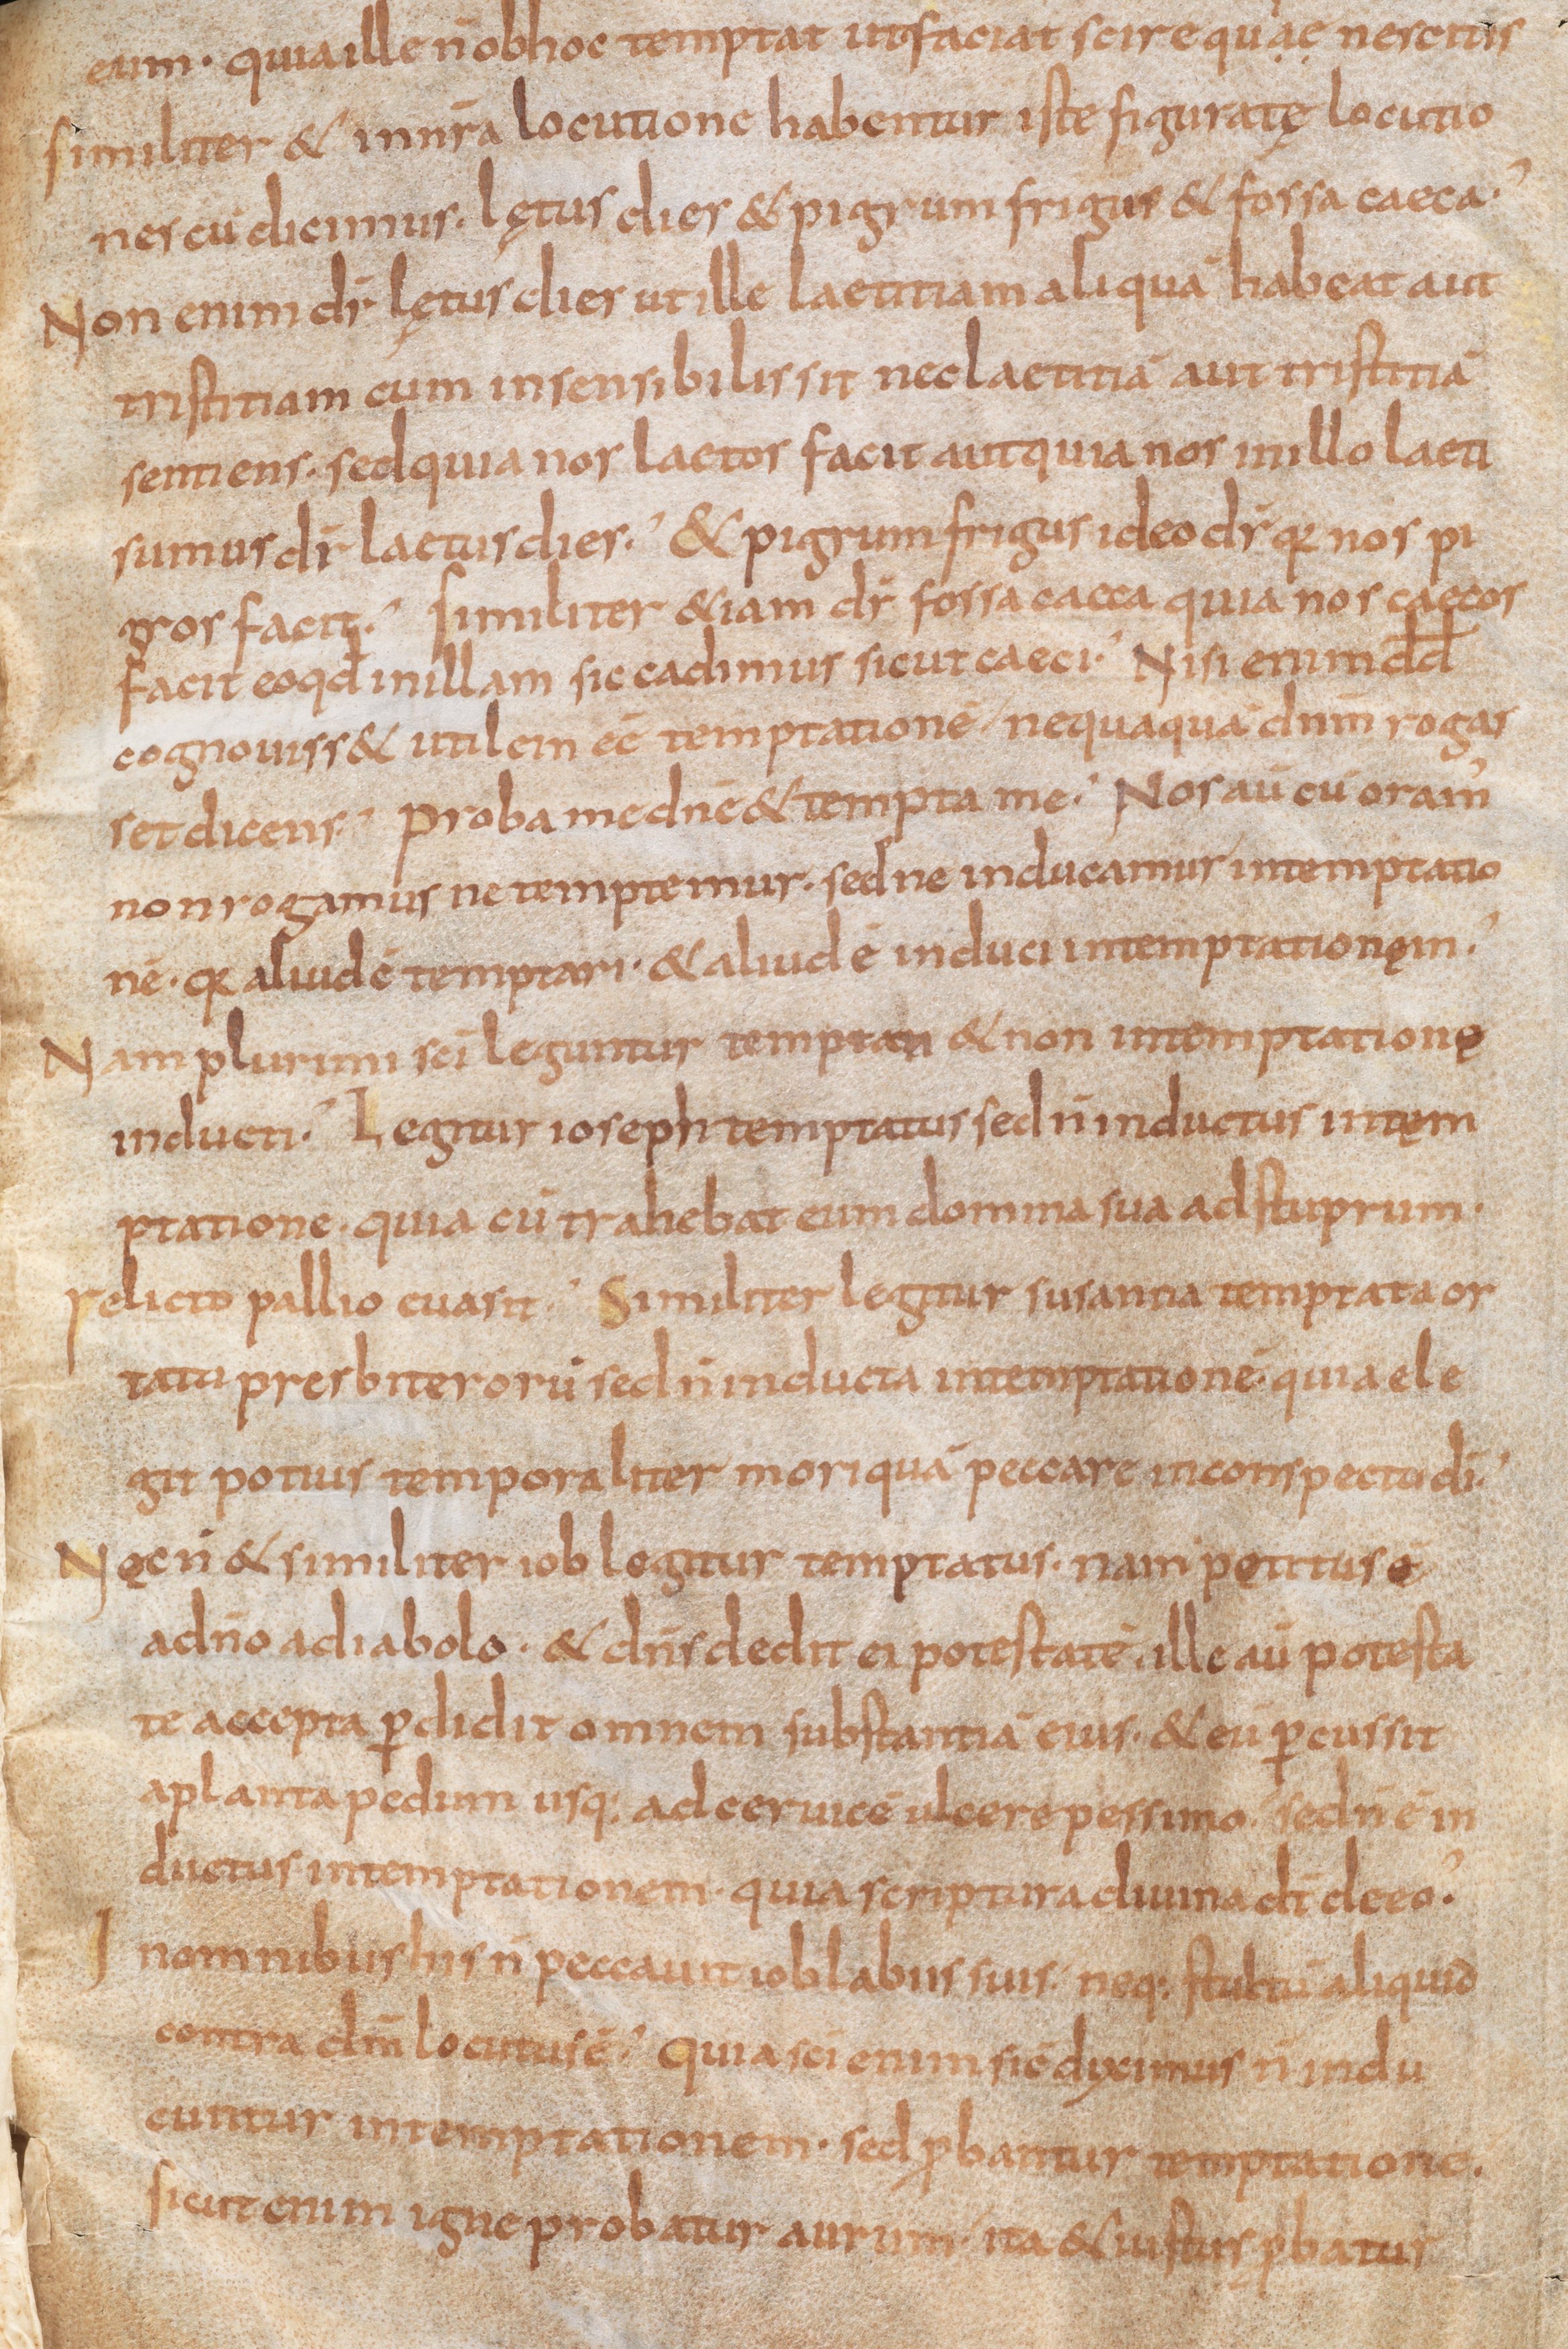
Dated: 800–899